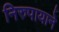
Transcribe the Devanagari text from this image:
निरुपायाने